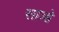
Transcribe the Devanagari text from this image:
साञ्हे